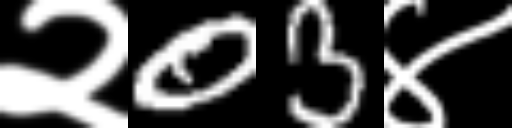
Text: २03४